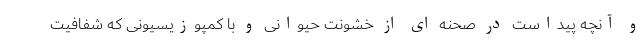
و آنچه پیداست در صحنه ای از خشونت حیوانی و با کمپوزیسیونی که شفافیت